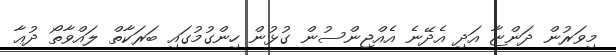
މިވަރުން ދަންޏާ އަދި އެދޭނެ އެއްޖިންސުން ގުޅުން ހިންގުމުގައި ބަރަކާތް ލައްވާތޯ ދުޢާ